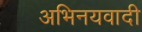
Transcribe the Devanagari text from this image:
अभिनयवादी